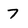
Character: 7